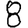
Digit: 8